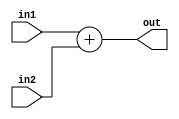
`timescale 1ns / 1ps


module 
 fixed_point_adder #(parameter
	DATA_WIDTH = 32,
	INTEGER = 23, 
	FRACTION = 8 )
    (
    input [DATA_WIDTH-1:0] in1,
    input [DATA_WIDTH-1:0] in2,
    output [DATA_WIDTH-1:0] out
    );
   
	assign out = in1 + in2;
  
endmodule